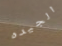
الجيده